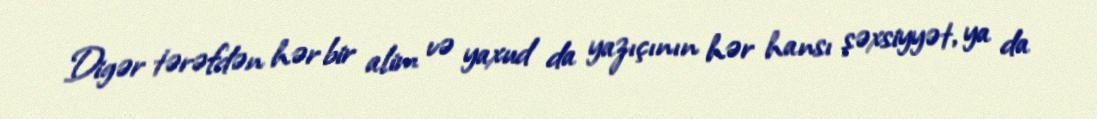
Digər tərəfdən hər bir alim və yaxud da yazıçının hər hansı şəxsiyyət, ya da